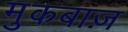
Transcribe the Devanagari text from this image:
मुकबाज़